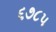
૬૭૮૫